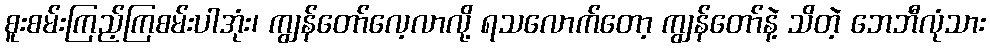
စူးစမ်းကြည့်ကြစမ်းပါအုံး၊ ကျွန်တော်လေ့လာလို့ ရသလောက်တော့ ကျွန်တော်နဲ့ သိတဲ့ ဘေဘီလုံသား